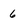
Character: 6